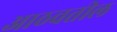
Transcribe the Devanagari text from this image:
आठवतील